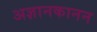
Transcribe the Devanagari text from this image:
अज्ञानकानन